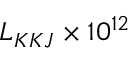
L _ { K K J } \times 1 0 ^ { 1 2 }